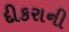
દીકરાની